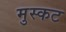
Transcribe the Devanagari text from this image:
मुस्कट